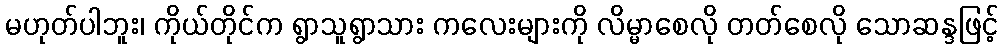
မဟုတ်ပါဘူး၊ ကိုယ်တိုင်က ရွာသူရွာသား ကလေးများကို လိမ္မာစေလို တတ်စေလို သောဆန္ဒဖြင့်